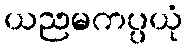
ယညမကပ္ပယုံ